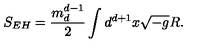
S _ { E H } = \frac { m _ { d } ^ { d - 1 } } { 2 } \int d ^ { d + 1 } x \sqrt { - g } R .